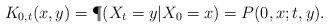
LaTeX: \begin{align*}K_{0,t}(x,y)=\P(X_t=y|X_0=x)=P(0,x;t,y).\end{align*}